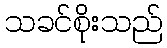
သခင်စိုးသည်